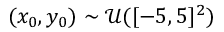
( x _ { 0 } , y _ { 0 } ) \sim \mathcal { U } ( [ - 5 , 5 ] ^ { 2 } )